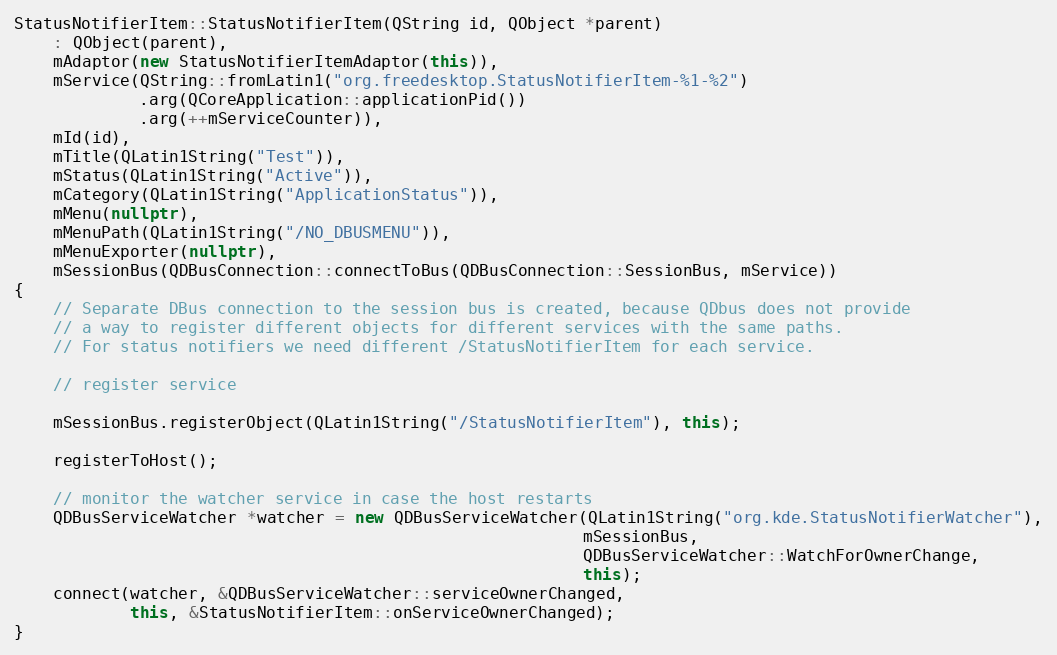
Language: C++
StatusNotifierItem::StatusNotifierItem(QString id, QObject *parent)
    : QObject(parent),
    mAdaptor(new StatusNotifierItemAdaptor(this)),
    mService(QString::fromLatin1("org.freedesktop.StatusNotifierItem-%1-%2")
             .arg(QCoreApplication::applicationPid())
             .arg(++mServiceCounter)),
    mId(id),
    mTitle(QLatin1String("Test")),
    mStatus(QLatin1String("Active")),
    mCategory(QLatin1String("ApplicationStatus")),
    mMenu(nullptr),
    mMenuPath(QLatin1String("/NO_DBUSMENU")),
    mMenuExporter(nullptr),
    mSessionBus(QDBusConnection::connectToBus(QDBusConnection::SessionBus, mService))
{
    // Separate DBus connection to the session bus is created, because QDbus does not provide
    // a way to register different objects for different services with the same paths.
    // For status notifiers we need different /StatusNotifierItem for each service.

    // register service

    mSessionBus.registerObject(QLatin1String("/StatusNotifierItem"), this);

    registerToHost();

    // monitor the watcher service in case the host restarts
    QDBusServiceWatcher *watcher = new QDBusServiceWatcher(QLatin1String("org.kde.StatusNotifierWatcher"),
                                                           mSessionBus,
                                                           QDBusServiceWatcher::WatchForOwnerChange,
                                                           this);
    connect(watcher, &QDBusServiceWatcher::serviceOwnerChanged,
            this, &StatusNotifierItem::onServiceOwnerChanged);
}